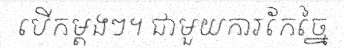
បើកម្តងៗ។ ជាមួយការកែច្នៃ